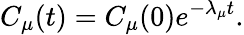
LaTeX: C_{\mu}(t)=C_{\mu}(0)e^{-\lambda_{\mu}t}.